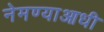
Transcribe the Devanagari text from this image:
नेमण्याआधी